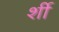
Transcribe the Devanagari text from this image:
र्शी